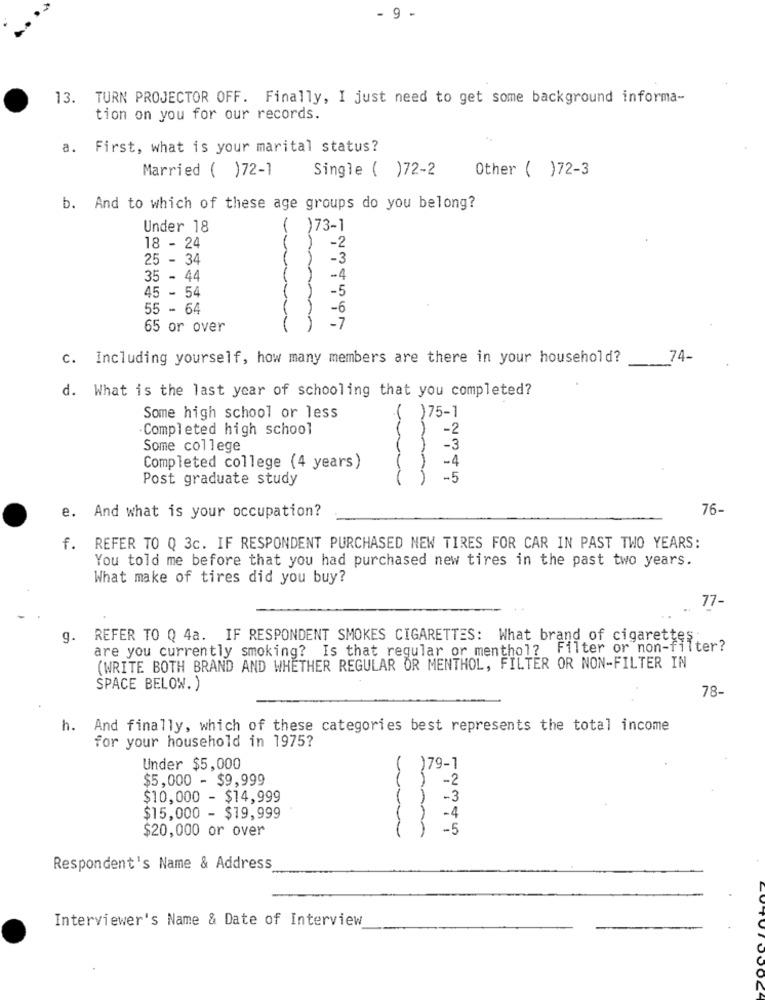
- 9
13. TURN PROJECTOR OFF. Finally, I just need to get some background informa-
tion on you for our records.
a. First, what is your marital status?
Married ( )72-1
Single ( )72-2
Other ( )72-3
b. And to which of these age groups do you belong?
Under 18
)73-1
18 - 24
-2
25 - 34
-3
35 - 44
-4
-5
45 - 54
55 - 64
-6
-7
65 or over
c. Including yourself, how many members are there in your household?
74-
d. What is the last year of schooling that you completed?
Some high school or less
)75-1
Completed high school
-2
Some college
-3
-4
Completed college (4 years)
Post graduate study
-5
76-
e. And what is your occupation?
f. REFER TO Q 3c. IF RESPONDENT PURCHASED NEW TIRES FOR CAR IN PAST TWO YEARS:
You told me before that you had purchased new tires in the past two years.
What make of tires did you buy?
77-
9. REFER TO Q 4a. IF RESPONDENT SMOKES CIGARETTES: What brand of cigarettes ...
are you currently smoking? Is that regular or menthol? Filter or non-filt
(WRITE BOTH BRAND AND WHETHER REGULAR OR MENTHOL, FILTER OR NON-FILTER IN
SPACE BELOW. )
78-
h. And finally, which of these categories best represents the total income
for your household in 1975?
Under $5,000
)79-1
$5,000 - $9,999
-2
$10,000 - $14,999
-3
$15,000 - $19,999
-4
$20,000 or over
-5
Respondent's Name & Address
Interviewer's Name & Date of Interview